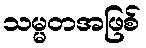
သမ္မတအဖြစ်